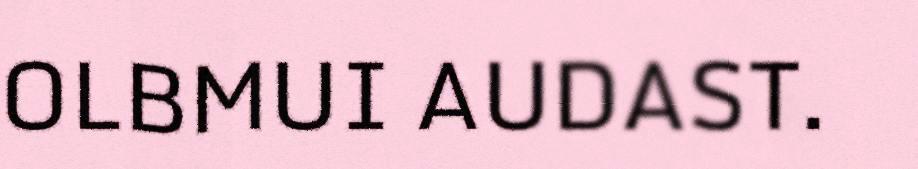
OLBMUI AUDAST.